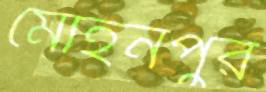
মোহনপুর